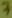
Text: 7